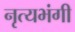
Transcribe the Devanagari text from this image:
नृत्यभंगी